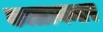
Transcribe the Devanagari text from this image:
काळानन्तर